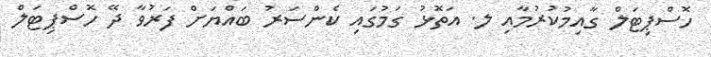
ހޮސްޕިޓަލް ގާއިމުކުރުމާއި ލ. އަތޮޅު ގަމުގައި ކެންސަރު ބައްޔަށް ފަރުވާ ދޭ ހޮސްޕިޓަލް